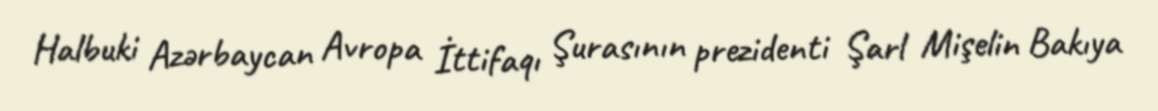
Halbuki Azərbaycan Avropa İttifaqı Şurasının prezidenti Şarl Mişelin Bakıya